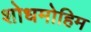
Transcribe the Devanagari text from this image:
शोधमोहिम